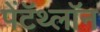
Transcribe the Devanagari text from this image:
पेंटॅथ्लॉन